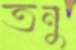
তনু